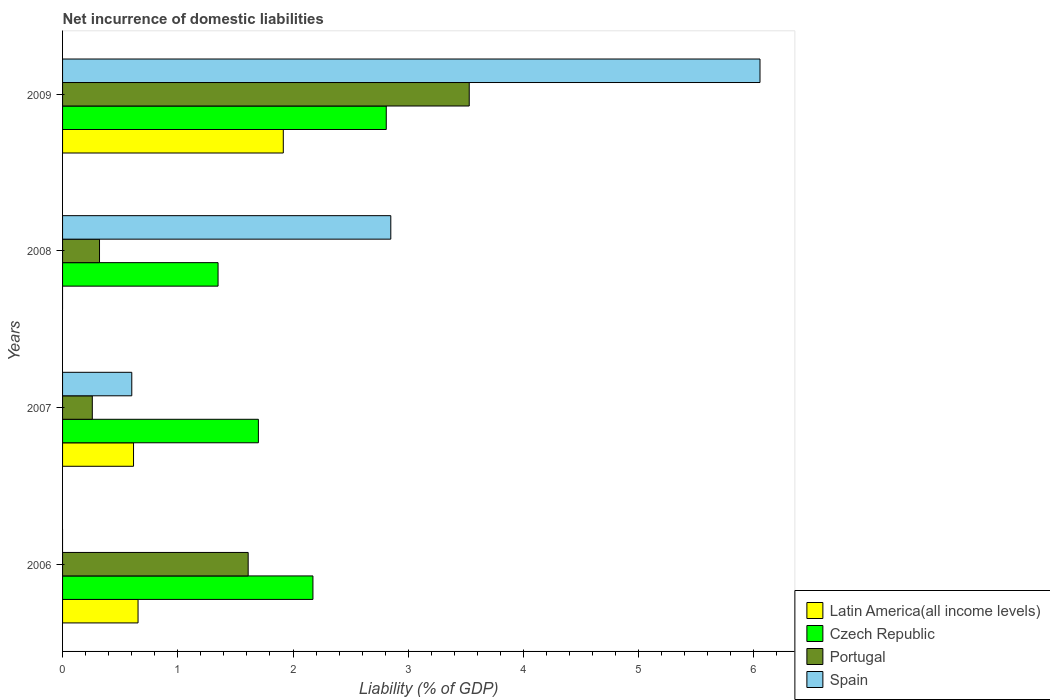
| Years | Latin America(all income levels) | Czech Republic | Portugal | Spain |
 | --- | --- | --- | --- | --- |
 | 2006 | 0.655 | 2.17 | 1.61 | -0.918 |
 | 2007 | 0.616 | 1.7 | 0.258 | 0.601 |
 | 2008 | -0.0794 | 1.35 | 0.321 | 2.85 |
 | 2009 | 1.92 | 2.81 | 3.53 | 6.05 |